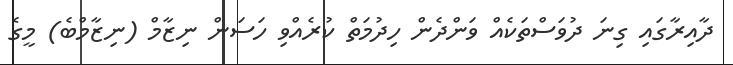
ދާއިރާގައި ގިނަ ދުވަސްތަކެއް ވަންދެން ހިދުމަތް ކުރެއްވި ހަސަން ނިޒާމް (ނިޒާމްބެ) މީގެ